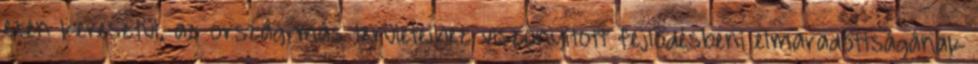
ezen keresztül, az ország más területeihez viszonyított fejlõdésbeni elmaradottságának